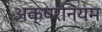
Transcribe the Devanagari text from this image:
अक्षरनियम